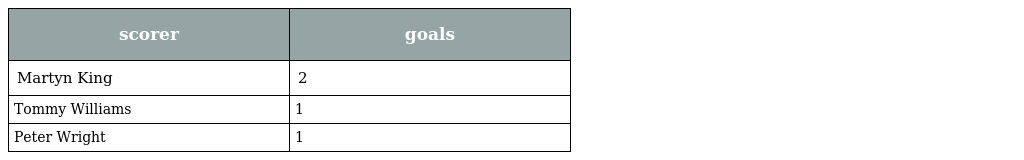
| scorer | goals |
 | --- | --- |
 | Martyn King | 2 |
 | Tommy Williams | 1 |
 | Peter Wright | 1 |